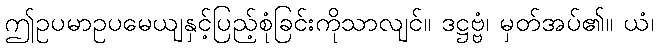
ဤဥပမာဥပမေယျနှင့်ပြည့်စုံခြင်းကိုသာလျင်။ ဒဋ္ဌဗ္ဗံ၊ မှတ်အပ်၏။ ယံ၊